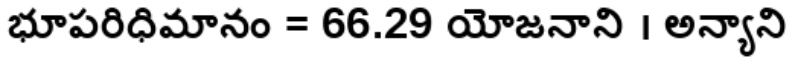
భూపరిధిమానం = 66.29 యోజనాని । అన్యాని